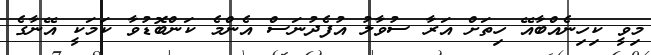
މިވީ ކިހިނެއްބާއޭ ހިތަށް އަރާ ސުވާލު އުފެދުނަސް އެންމެ ކަންބޮޑުވާ ކަމަކީ އޭނާގެ